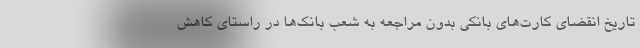
تاریخ انقضای کارت‌های بانکی بدون مراجعه به شعب بانک‌ها در راستای کاهش